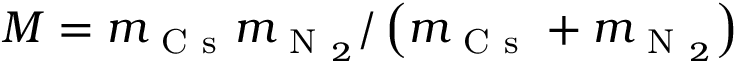
M = m _ { \mathrm { ~ C ~ s ~ } } m _ { \mathrm { ~ N ~ } _ { 2 } } / \left( m _ { \mathrm { ~ C ~ s ~ } } + m _ { \mathrm { ~ N ~ } _ { 2 } } \right)